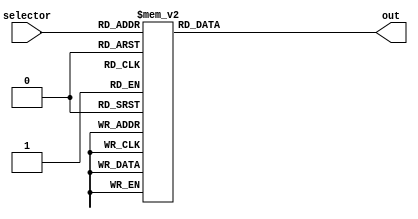
/*
   This file was generated automatically by Alchitry Labs version 1.2.7.
   Do not edit this file directly. Instead edit the original Lucid source.
   This is a temporary file and any changes made to it will be destroyed.
*/

module yellow_alphabets_22 (
    input [4:0] selector,
    output reg [599:0] out
  );
  
  
  
  always @* begin
    
    case (selector)
      5'h01: begin
        out = 600'h000000000000001111000000000000000000001111000000001111000000001111000000000000000000001111001111001111001111001111001111001111000000000000000000001111;
      end
      5'h02: begin
        out = 600'h000000001111001111001111001111001111000000000000000000001111000000001111001111001111001111001111000000000000000000001111000000001111001111001111001111;
      end
      5'h03: begin
        out = 600'h000000001111001111001111000000001111000000000000000000001111000000000000000000000000001111001111000000000000000000001111000000001111001111001111000000;
      end
      5'h04: begin
        out = 600'h000000001111001111001111001111001111000000000000000000001111001111000000000000000000001111001111000000000000000000001111000000001111001111001111001111;
      end
      5'h05: begin
        out = 600'h001111001111001111001111001111001111000000000000000000000000000000000000001111001111001111001111000000000000000000000000001111001111001111001111001111;
      end
      5'h06: begin
        out = 600'h001111001111001111001111001111001111000000000000000000000000000000000000001111001111001111001111000000000000000000000000000000000000000000000000001111;
      end
      5'h07: begin
        out = 600'h001111001111001111001111000000001111000000000000000000000000001111001111000000000000001111001111000000000000000000001111000000001111001111001111001111;
      end
      5'h08: begin
        out = 600'h001111000000000000000000001111001111000000000000000000001111001111001111001111001111001111001111000000000000000000001111001111000000000000000000001111;
      end
      5'h09: begin
        out = 600'h001111001111001111001111001111000000000000001111000000000000000000000000001111000000000000000000000000001111000000000000001111001111001111001111001111;
      end
      5'h0a: begin
        out = 600'h001111001111001111001111001111000000000000000000001111000000000000001111000000000000000000001111000000000000001111000000000000001111001111001111000000;
      end
      5'h0b: begin
        out = 600'h001111000000000000000000001111001111000000000000001111000000000000000000001111001111001111001111000000000000001111000000001111000000000000000000001111;
      end
      5'h0c: begin
        out = 600'h000000000000000000000000001111001111000000000000000000000000000000000000000000000000001111001111000000000000000000000000001111001111001111001111001111;
      end
      5'h0d: begin
        out = 600'h001111000000000000000000001111001111001111000000001111001111001111000000001111000000001111001111000000000000000000001111001111000000000000000000001111;
      end
      5'h0e: begin
        out = 600'h001111000000000000000000001111001111001111000000000000001111001111000000001111000000001111001111000000000000001111001111001111000000000000000000001111;
      end
      5'h0f: begin
        out = 600'h000000001111001111001111000000001111000000000000000000001111001111000000000000000000001111001111000000000000000000001111000000001111001111001111000000;
      end
      5'h10: begin
        out = 600'h000000001111001111001111001111001111000000000000000000001111000000001111001111001111001111001111000000000000000000000000000000000000000000000000001111;
      end
      5'h11: begin
        out = 600'h000000001111001111001111000000001111000000000000000000001111001111000000001111000000001111001111000000000000001111000000001111000000001111001111000000;
      end
      5'h12: begin
        out = 600'h001111001111001111001111000000001111000000000000000000001111001111001111001111001111001111001111000000000000001111000000001111000000000000000000001111;
      end
      5'h13: begin
        out = 600'h000000001111001111001111001111001111000000000000000000000000000000001111001111001111000000000000000000000000000000001111001111001111001111001111000000;
      end
      5'h14: begin
        out = 600'h001111001111001111001111001111000000000000001111000000000000000000000000001111000000000000000000000000001111000000000000000000000000001111000000000000;
      end
      5'h15: begin
        out = 600'h001111000000000000000000001111001111000000000000000000001111001111000000000000000000001111001111000000000000000000001111000000001111001111001111000000;
      end
      5'h16: begin
        out = 600'h001111000000000000000000001111001111000000000000000000001111001111000000000000000000001111000000001111000000001111000000000000000000001111000000000000;
      end
      5'h17: begin
        out = 600'h001111000000000000000000001111001111000000000000000000001111001111000000001111000000001111001111001111000000001111001111001111000000000000000000001111;
      end
      5'h18: begin
        out = 600'h001111000000000000000000001111000000001111000000001111000000000000000000001111000000000000000000001111000000001111000000001111000000000000000000001111;
      end
      5'h19: begin
        out = 600'h001111000000000000000000001111000000001111000000001111000000000000000000001111000000000000000000000000001111000000000000000000000000001111000000000000;
      end
      5'h1a: begin
        out = 600'h001111001111001111001111001111000000000000000000001111000000000000000000001111000000000000000000001111000000000000000000001111001111001111001111001111;
      end
      default: begin
        out = 600'h000000000000000000000000000000000000000000000000000000000000000000000000000000000000000000000000000000000000000000000000000000000000000000000000000000;
      end
    endcase
  end
endmodule